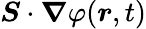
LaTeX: \boldsymbol{S}\cdot\boldsymbol{\nabla}\varphi(\boldsymbol{r},t)